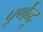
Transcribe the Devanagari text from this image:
पूर्णेन्दू